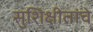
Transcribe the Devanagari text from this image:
सुशिक्षीतांचे